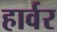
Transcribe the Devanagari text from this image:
हार्वर